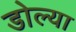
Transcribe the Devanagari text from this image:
डोल्या